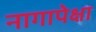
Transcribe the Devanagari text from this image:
नागापेक्षा